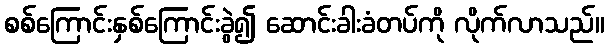
စစ်ကြောင်းနှစ်ကြောင်းခွဲ၍ ဆောင်းခါးခံတပ်ကို လိုက်လာသည်။